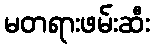
မတရားဖမ်းဆီး